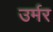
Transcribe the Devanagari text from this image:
उर्मर